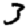
Digit: 3